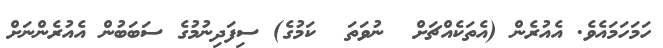
ހަމަހަމައެވެ. އެއުރެން (އެތަކެއްޗަށް  ނުވަތަ  ކަމުގެ) ސިިފަދިނުމުގެ ސަބަބުން އެއުރެންނަށް